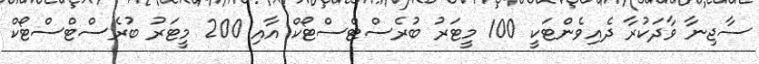
ސާޖިނާ ވާދަކުރާ ދެއިވެންޓަކީ 100 މީޓަރު ބުރެސްޓްސްޓޯކް އާއި 200 މީޓަރު ބުރެސްޓްސްޓޯކް